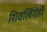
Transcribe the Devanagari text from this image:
शिवलिंगेही